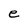
Character: e